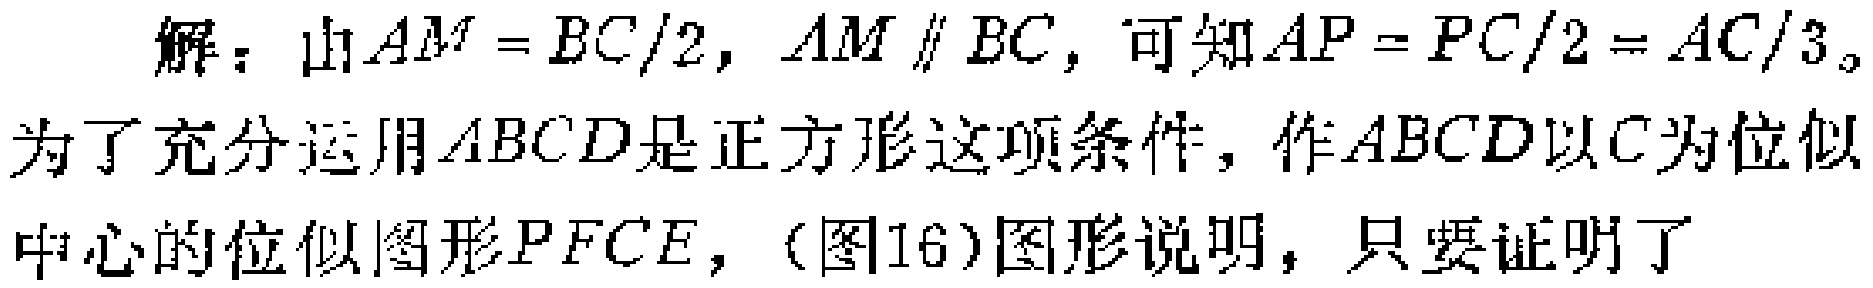
解：由 \(AM = BC/2\)，\(AM\parallel BC\)，可知 \(AP = PC/2=AC/3\)。

为了充分运用 \(ABCD\)是正方形这项条件，作 \(ABCD\)以 \(C\)为位似中心的位似图形 \(PFCE\)，(图16)图形说明，只要证明了